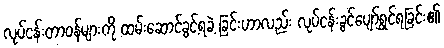
လုပ်ငန်းတာဝန်များကို ထမ်းဆောင်ခွင့်ရခဲ့ ခြင်းဟာလည်း လုပ်ငန်းခွင်ပျော်ရွှင်ရခြင်း၏